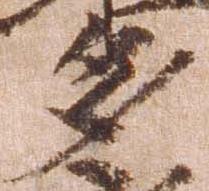
多